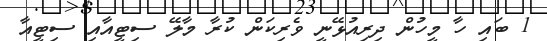
1 ބައި ހާ މީހުން ދިރިއުޅޭނީ ވެރިކަން ކުރާ މާލޭ ސިޓީއާއި ސިޓީއާ